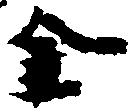
金